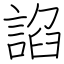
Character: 諂